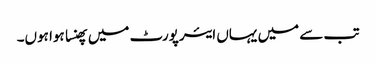
تب سے میں یہاں ایئرپورٹ میں پھنسا ہوا ہوں۔